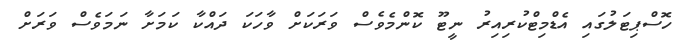
ހޮސްޕިޓަލުގައި އެޑްމިޓްކުރިއިރު ނީޓޫ ކޮންމެވެސް ވަރަކަށް ވާހަކަ ދައްކާ ކަމަށާ ނަމަވެސް ވަރަށް